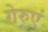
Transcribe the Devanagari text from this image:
गेरुएं